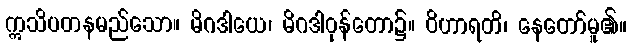
ဣသိပတနမည်သော။ မိဂဒါယေ၊ မိဂဒါဝုန်တော၌။ ဝိဟာရတိ၊ နေတော်မူ၏။